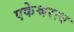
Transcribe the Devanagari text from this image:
एकेश्वरत्व